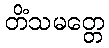
တိံသမတ္တေ